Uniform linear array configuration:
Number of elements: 64
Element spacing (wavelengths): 0.75
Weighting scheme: binomial
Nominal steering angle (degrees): -45
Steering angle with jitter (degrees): -45.467
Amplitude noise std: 0.05
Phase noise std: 0.05

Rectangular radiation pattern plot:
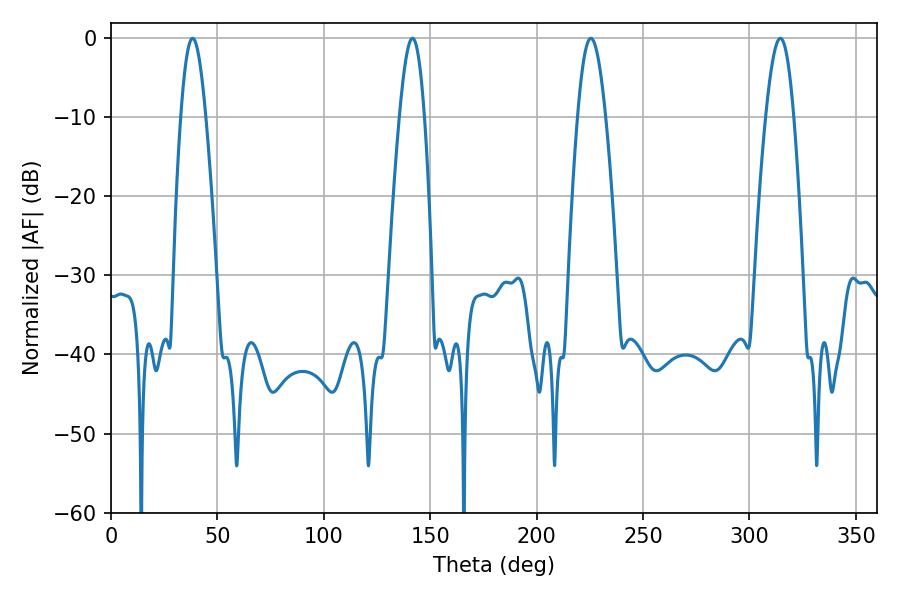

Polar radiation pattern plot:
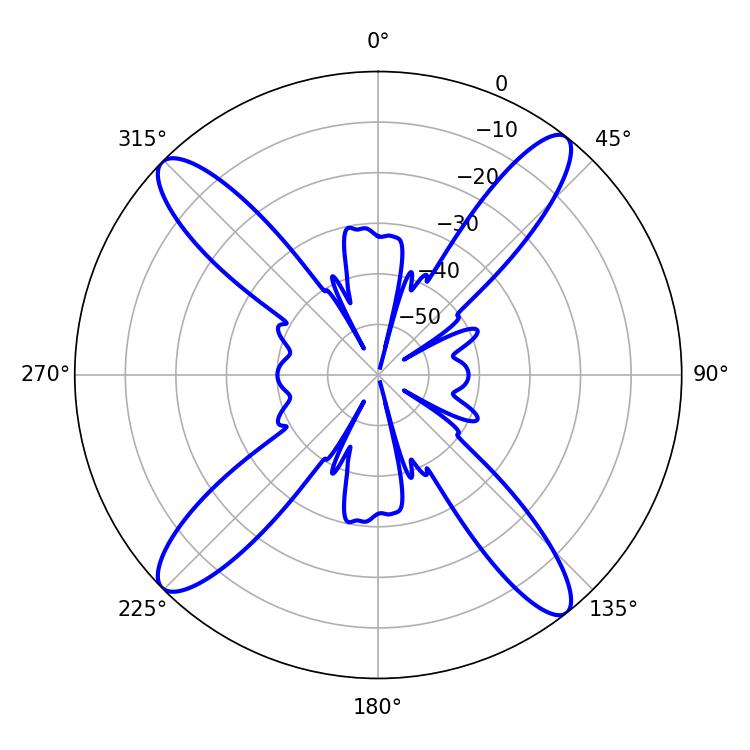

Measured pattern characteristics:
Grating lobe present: TRUE
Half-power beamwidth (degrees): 6.3
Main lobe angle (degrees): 38.34